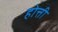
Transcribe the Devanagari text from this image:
होत्ती